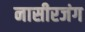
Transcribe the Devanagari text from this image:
नासीरजंग